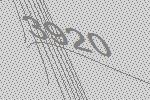
3920